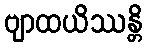
ဗျာထယိဿန္တိ